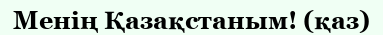
Менің Қазақстаным! (қаз)